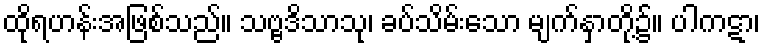
ထိုရဟန်းအဖြစ်သည်။ သဗ္ဗဒိသာသု၊ ခပ်သိမ်းသော မျက်နှာတို့၌။ ပါကဋာ၊